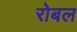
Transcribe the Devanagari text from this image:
रोबल